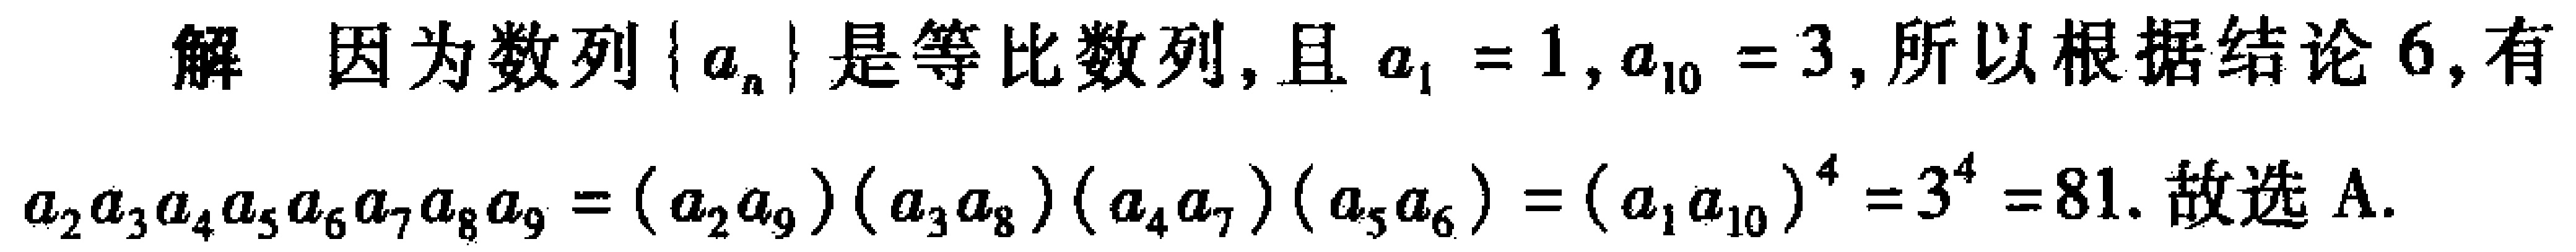
解 因为数列\(\{ a_{n}\}\)是等比数列, 且\(a_{1}=1,a_{10}=3\), 所以根据结论 6, 有
\(a_{2}a_{3}a_{4}a_{5}a_{6}a_{7}a_{8}a_{9}=(a_{2}a_{9})(a_{3}a_{8})(a_{4}a_{7})(a_{5}a_{6})=(a_{1}a_{10})^{4}=3^{4}=81\). 故选 A.